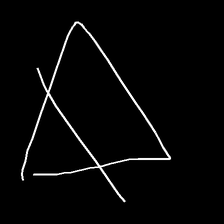
Glyph: empower